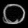
Digit: ၀